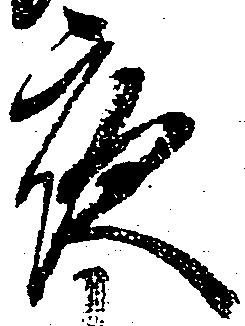
夜